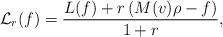
LaTeX: \begin{align*}\mathcal{L}_r (f) = \frac{L(f) + r \left( M(v) \rho - f \right)}{1+r},\end{align*}